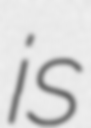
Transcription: is